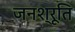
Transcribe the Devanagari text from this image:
जनश्रूति